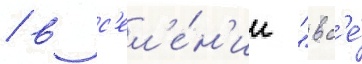
/ в с'ел'е́н'ии "вс'е́